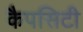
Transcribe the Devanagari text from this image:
कैपसिटी